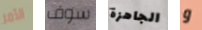
الأمر سوف الجاهزة و